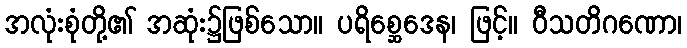
အလုံးစုံတို့၏ အဆုံး၌ဖြစ်သော။ ပရိစ္ဆေဒေန၊ ဖြင့်။ ဝီသတိဂဏော၊